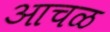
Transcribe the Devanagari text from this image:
आचळ